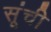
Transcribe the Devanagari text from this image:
सूंची